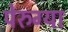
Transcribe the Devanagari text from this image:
पेरुग्या